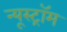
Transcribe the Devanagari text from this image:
न्यूस्ट्रॉम